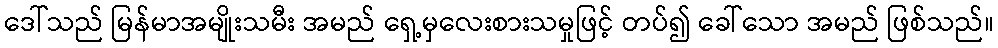
ဒေါ်သည် မြန်မာအမျိုးသမီး အမည် ရှေ့မှလေးစားသမှုဖြင့် တပ်၍ ခေါ်သော အမည် ဖြစ်သည်။